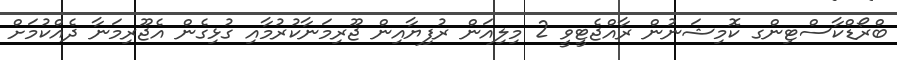
ބްރޯޑްކާސްޓިންގ ކޮމިޝަނުން ރާއްޖެޓީވީ 2 މިލިއަން ރުފިޔާއިން ޖޫރިމަނާކުރުމާއި ގުޅިގެން އެޖޫރިމަނާ ދެއްކުމަށް